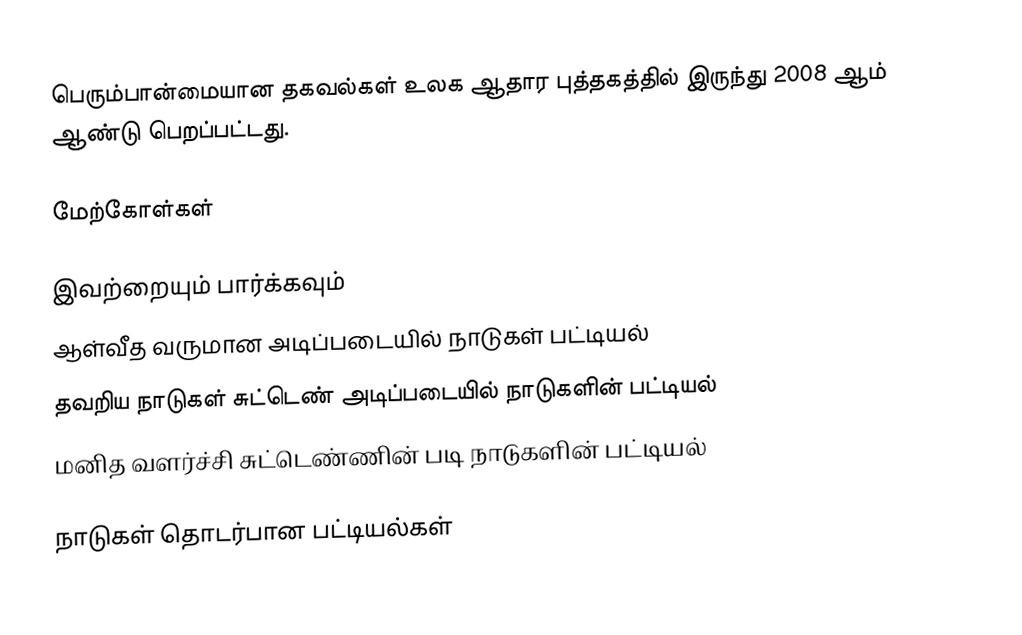
பெரும்பான்மையான தகவல்கள் உலக ஆதார புத்தகத்தில் இருந்து 2008 ஆம் ஆண்டு பெறப்பட்டது.

மேற்கோள்கள்

இவற்றையும் பார்க்கவும்
ஆள்வீத வருமான அடிப்படையில் நாடுகள் பட்டியல்
தவறிய நாடுகள் சுட்டெண் அடிப்படையில் நாடுகளின் பட்டியல்
மனித வளர்ச்சி சுட்டெண்ணின் படி நாடுகளின் பட்டியல்

நாடுகள் தொடர்பான பட்டியல்கள்